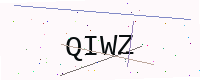
Text: QIWZ